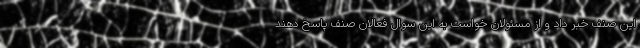
این صنف خبر داد و از مسئولان خواست به این سوال فعالان صنف پاسخ دهند